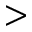
>